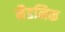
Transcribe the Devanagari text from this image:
मैडनिक